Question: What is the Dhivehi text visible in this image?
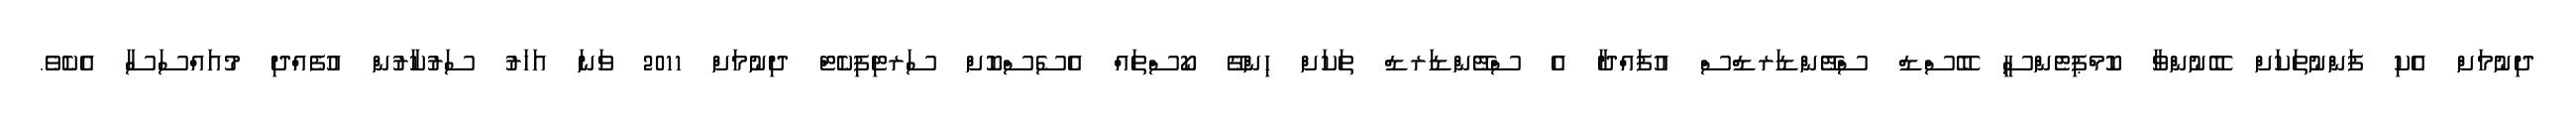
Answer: ދިނުމަށް އެކި ފަންނުތަކަށް ބޭނުންވާ ކޮމްޕިޓެންސީ ބޭސްޑް ސްޓޭންޑަރޑްސް އުފައްދާ އެ ސްޓޭންޑަރޑް ތަކަށް ހިންގޭ ކޯސްތައް އެސެސްކޮށް ސަރޓިފިކެޓް ދިނުމަށް 2011 ވަނަ އަހަރު ސަރުކާރުން އުފެއްދި މުއައްސަސާ އެކެވެ.